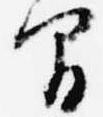
間